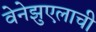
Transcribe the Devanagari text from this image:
वेनेझुएलाची